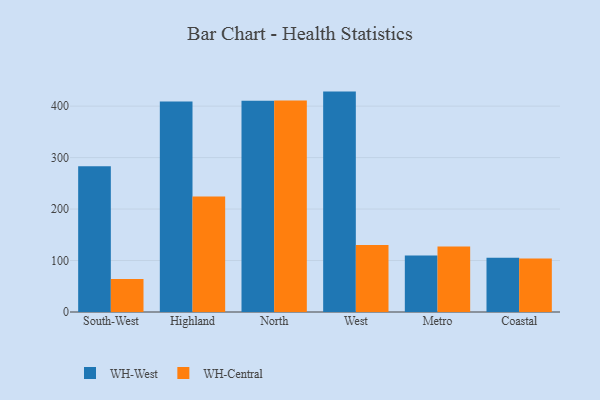
{"axis": {"x": "Region", "y": "Website Visitors"}, "legend": ["WH-Central", "WH-West"], "data": [{"x": "South-West", "y": 283.0, "type": "WH-West"}, {"x": "South-West", "y": 64.1, "type": "WH-Central"}, {"x": "Highland", "y": 409.1, "type": "WH-West"}, {"x": "Highland", "y": 224.3, "type": "WH-Central"}, {"x": "North", "y": 410.4, "type": "WH-West"}, {"x": "North", "y": 410.7, "type": "WH-Central"}, {"x": "West", "y": 428.2, "type": "WH-West"}, {"x": "West", "y": 130.1, "type": "WH-Central"}, {"x": "Metro", "y": 109.6, "type": "WH-West"}, {"x": "Metro", "y": 127.3, "type": "WH-Central"}, {"x": "Coastal", "y": 105.4, "type": "WH-West"}, {"x": "Coastal", "y": 103.7, "type": "WH-Central"}]}